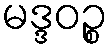
မဒ္ဒဝဉ္စ